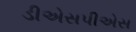
ડીએસપીએસ